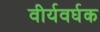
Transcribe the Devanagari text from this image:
वीर्यवर्घक